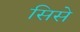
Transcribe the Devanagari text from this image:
सिसे